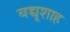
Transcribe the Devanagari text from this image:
बच्चूशाह